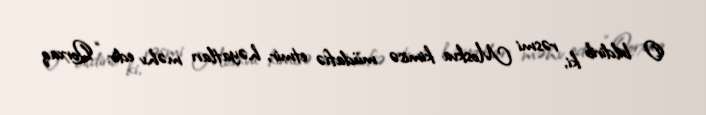
O bildirib ki, rəsmi Moskva kimisə müdafiə etmir, həyatları məhv edir: “Qorxaq